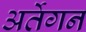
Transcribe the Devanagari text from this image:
अर्तेगन